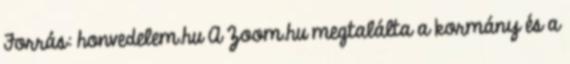
Forrás: honvedelem.hu A Zoom.hu megtalálta a kormány és a